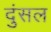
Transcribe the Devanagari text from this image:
दुंसल